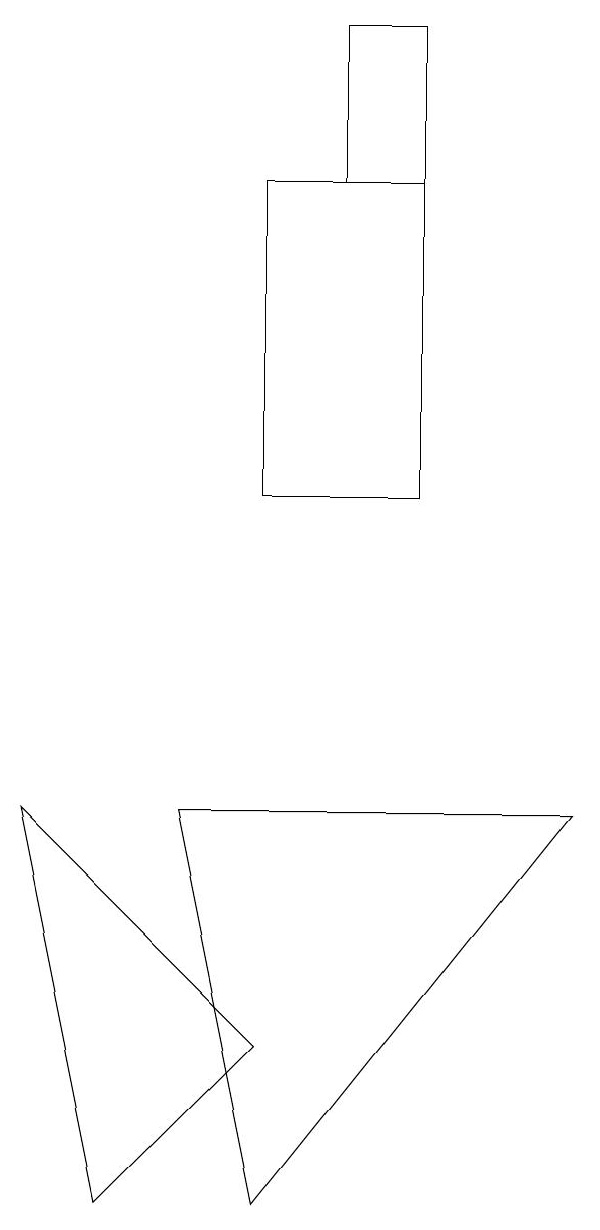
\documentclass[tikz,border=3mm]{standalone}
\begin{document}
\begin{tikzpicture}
\draw (4,3) -- (8,8) -- (3,8) -- cycle;
\draw (6,18) rectangle (5,16);
\draw (4,16) rectangle (6,12);
\draw (4,5) -- (2,3) -- (1,8) -- cycle;
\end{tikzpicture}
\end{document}